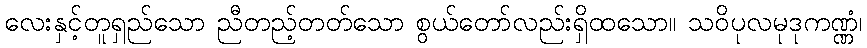
လေးနှင့်တူရှည်သော ညီတည့်တတ်သော စွယ်တော်လည်းရှိထသော။ သဝိပုလမုဒုကဏ္ဏံ၊